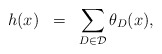
\begin{align*}h(x)\;\;=\;\; \sum_{D\in \mathcal D}\theta_{D}(x),\end{align*}